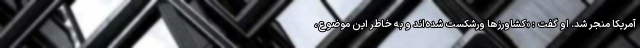
آمریکا منجر شد. او گفت : «کشاورزها ورشکست شده‌اند و به خاطر این موضوع،